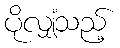
ပိုလျှံသည့်